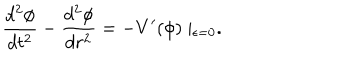
\frac { d ^ { 2 } \phi } { d t ^ { 2 } } - \frac { d ^ { 2 } \phi } { d r ^ { 2 } } = - V ^ { \prime } ( \phi ) \mid _ { \epsilon = 0 } .